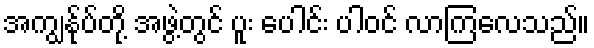
အကျွန်ုပ်တို့ အဖွဲ့တွင် ပူး ပေါင်း ပါဝင် လာကြလေသည်။